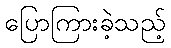
ပြောကြားခဲ့သည့်